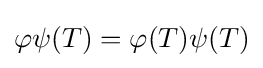
\varphi \psi (T)=\varphi (T)\psi (T)